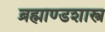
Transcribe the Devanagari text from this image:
ब्रह्माण्डशास्त्र